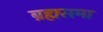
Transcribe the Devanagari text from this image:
ब्रह्मसमा